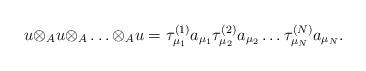
LaTeX: \begin{align*}u{\otimes}_{A}u{\otimes}_{A} \ldots {\otimes}_{A}u ={\tau}^{(1)}_{{\mu}_1}a_{{\mu}_1} {\tau}^{(2)}_{{\mu}_2}a_{{\mu}_2}\ldots {\tau}^{(N)}_{{\mu}_N}a_{{\mu}_N}.\end{align*}